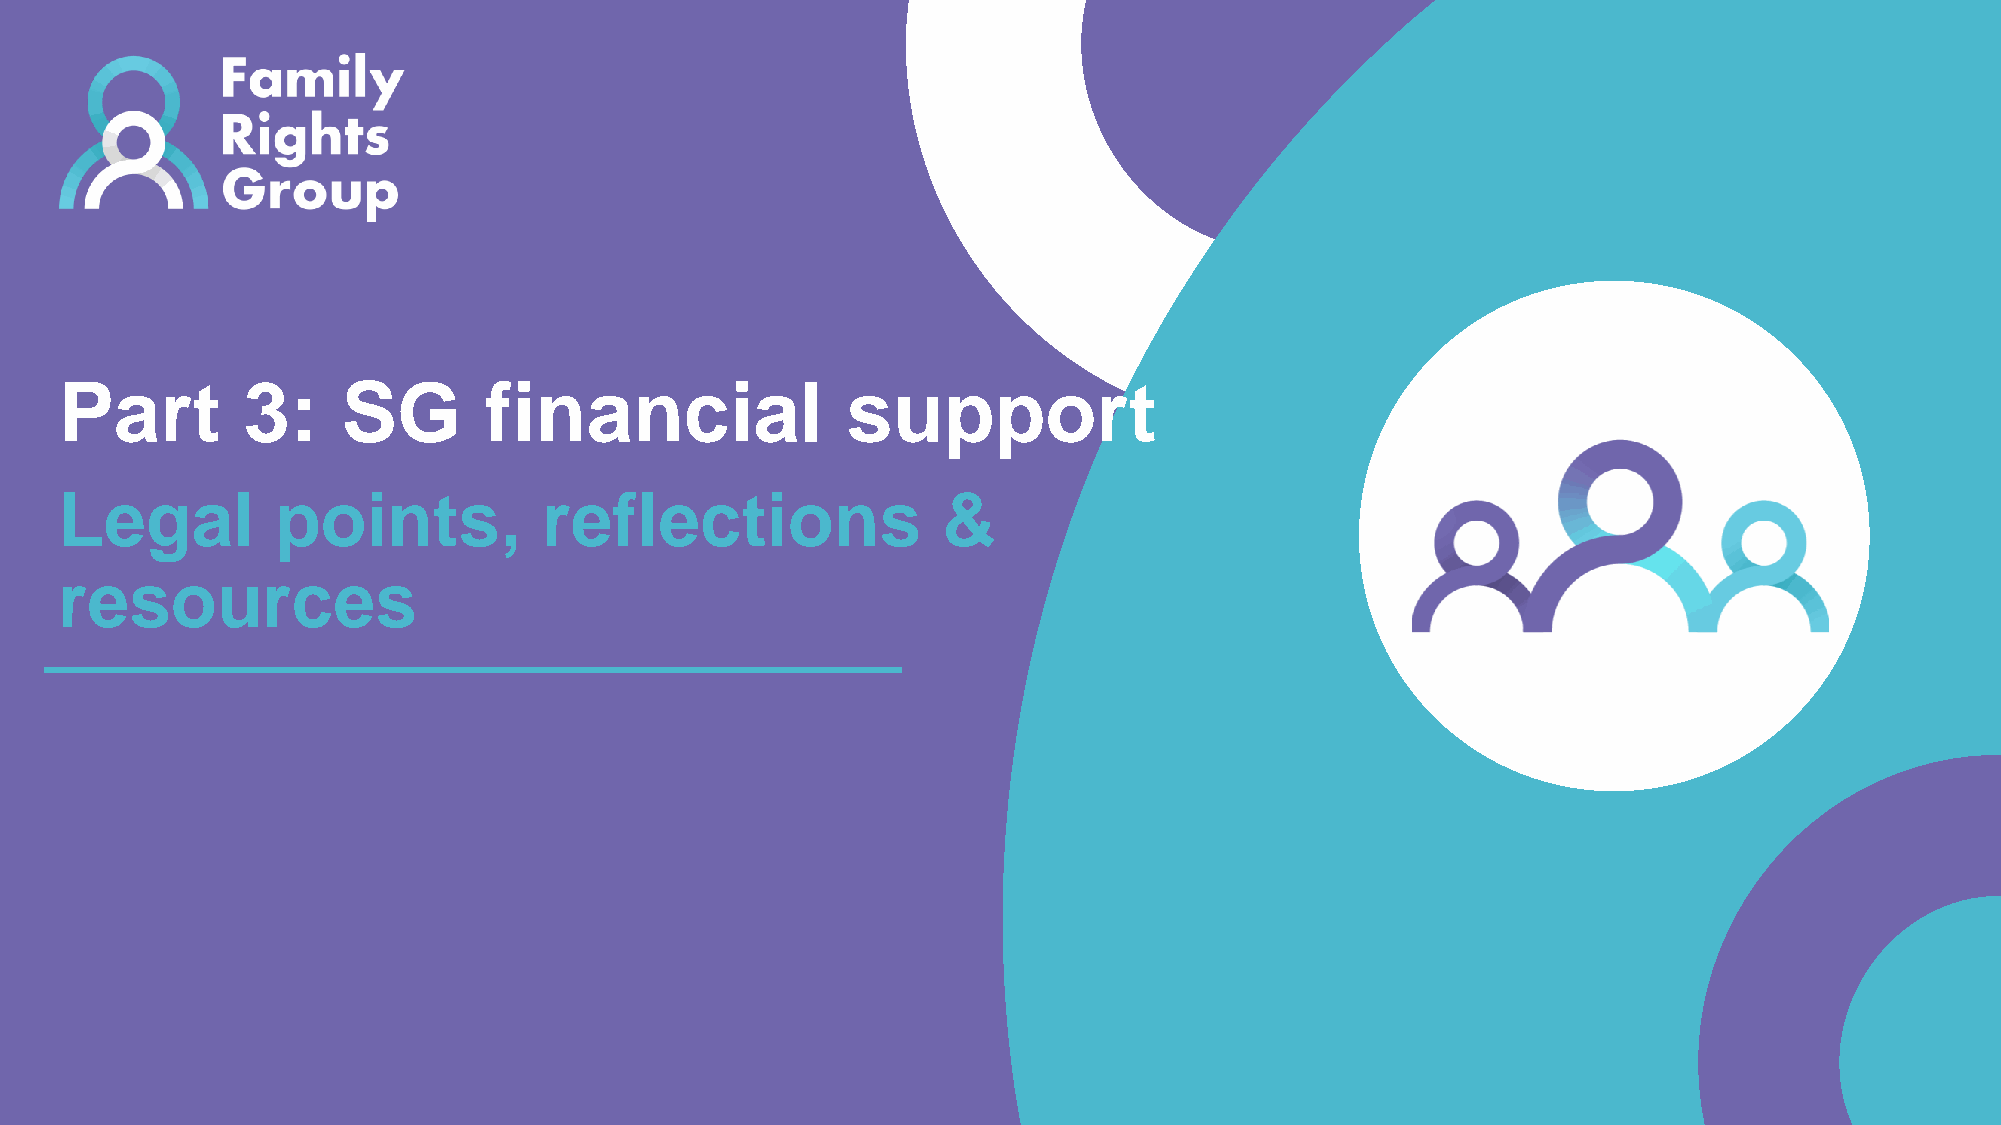
Part        3:     SG       financial               support
 Legal         points,           reflections               &
 resources